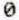
0